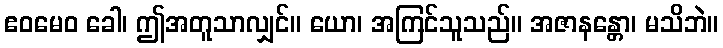
ဧဝမေဝ ခေါ၊ ဤအတူသာလျှင်။ ယော၊ အကြင်သူသည်။ အဇာနန္တော၊ မသိဘဲ။